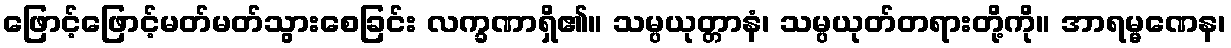
ဖြောင့်ဖြောင့်မတ်မတ်သွားစေခြင်း လက္ခဏာရှိ၏။ သမ္ပယုတ္တာနံ၊ သမ္ပယုတ်တရားတို့ကို။ အာရမ္မဏေန၊